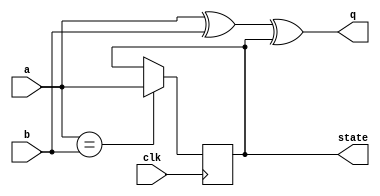
module top_module (
    input clk,
    input a,
    input b,
    output q,
    output state
);

always @ (posedge clk) 
    if (a == b) state <= a;

assign q = a ^ b ^ state;

endmodule